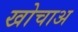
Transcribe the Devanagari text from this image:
खोचाअ